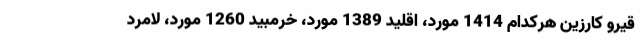
قیرو کارزین هرکدام 1414 مورد، اقلید 1389 مورد، خرمبید 1260 مورد، لامرد